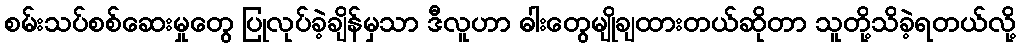
စမ်းသပ်စစ်ဆေးမှုတွေ ပြုလုပ်ခဲ့ချိန်မှသာ ဒီလူဟာ ဓါးတွေမျိုချထားတယ်ဆိုတာ သူတို့သိခဲ့ရတယ်လို့